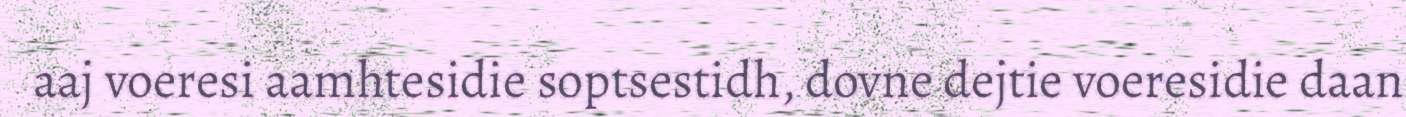
aaj voeresi aamhtesidie soptsestidh, dovne dejtie voeresidie daan